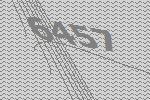
6457